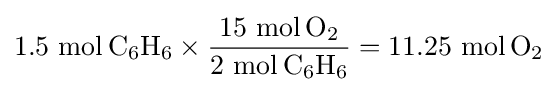
1.5\ {\mathrm {mol} \,\mathrm {C} {\vphantom {A}}_{\smash[{t}]{6}}\mathrm {H} {\vphantom {A}}_{\smash[{t}]{6}}}\times {\frac {15\ {\mathrm {mol} \,\mathrm {O} {\vphantom {A}}_{\smash[{t}]{2}}}}{2\ {\mathrm {mol} \,\mathrm {C} {\vphantom {A}}_{\smash[{t}]{6}}\mathrm {H} {\vphantom {A}}_{\smash[{t}]{6}}}}}=11.25\ {\mathrm {mol} \,\mathrm {O} {\vphantom {A}}_{\smash[{t}]{2}}}